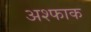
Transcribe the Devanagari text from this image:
अश्फाक